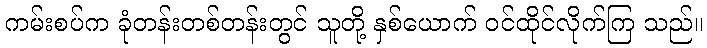
ကမ်းစပ်က ခုံတန်းတစ်တန်းတွင် သူတို့ နှစ်ယောက် ဝင်ထိုင်လိုက်ကြ သည်။